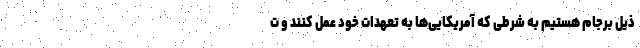
ذیل برجام هستیم به شرطی که آمریکایی‌ها به تعهدات خود عمل کنند و ت